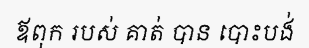
ឪពុក របស់ គាត់ បាន បោះបង់